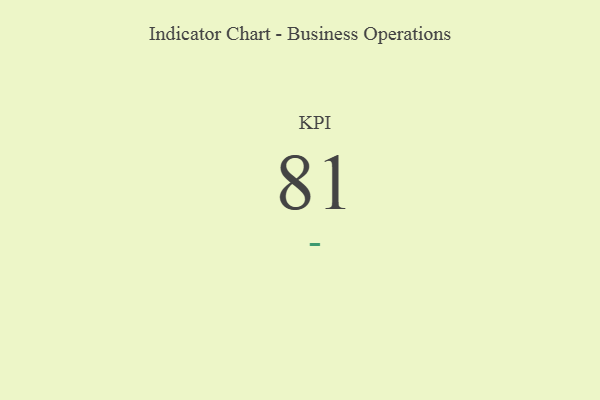
{"axis": {"x": "KPI", "y": "Value"}, "legend": [""], "data": [{"x": "KPI", "y": 81, "type": ""}]}